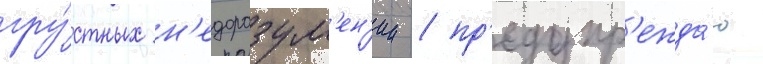
гру́стных н'едоразум'ен'ии / пр'едупр'ежда́ю